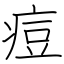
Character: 痘